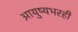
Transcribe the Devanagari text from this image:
आयुष्यभरही